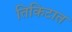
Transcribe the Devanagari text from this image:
तिकिटात